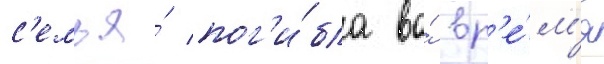
с'емья́ пог'и́бла во́ вр'е́м'я